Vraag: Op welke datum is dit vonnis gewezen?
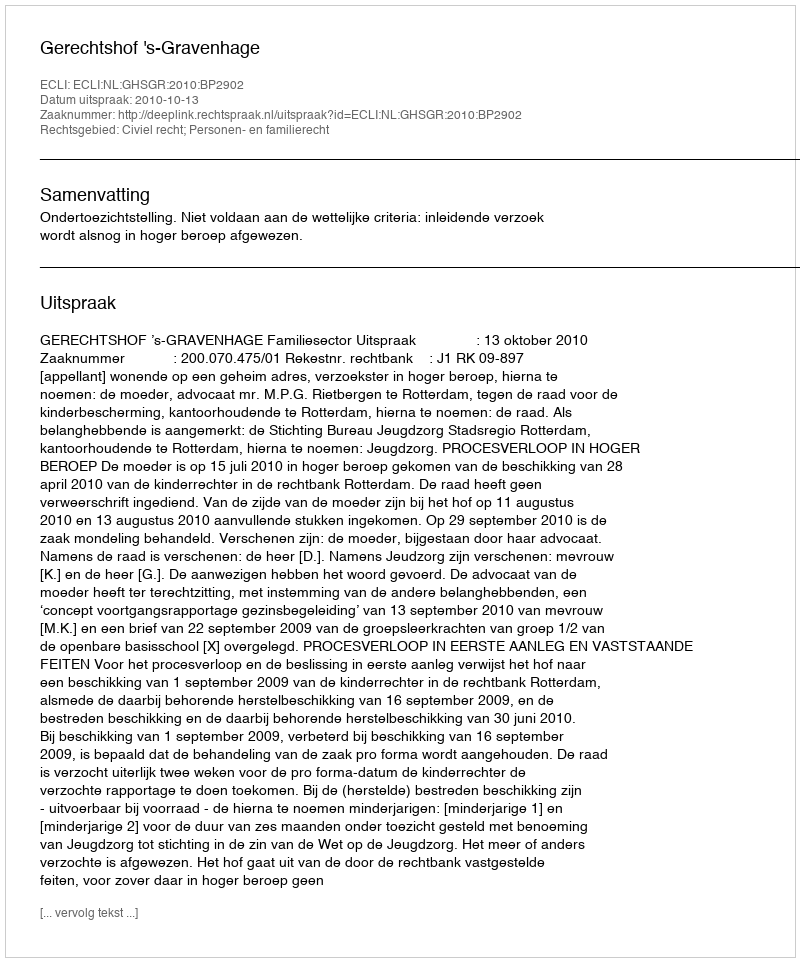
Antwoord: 2010-10-13